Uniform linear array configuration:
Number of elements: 12
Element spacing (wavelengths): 1
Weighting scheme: exponential
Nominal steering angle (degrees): -60
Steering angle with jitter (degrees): -61.647
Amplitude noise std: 0.05
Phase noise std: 0.05

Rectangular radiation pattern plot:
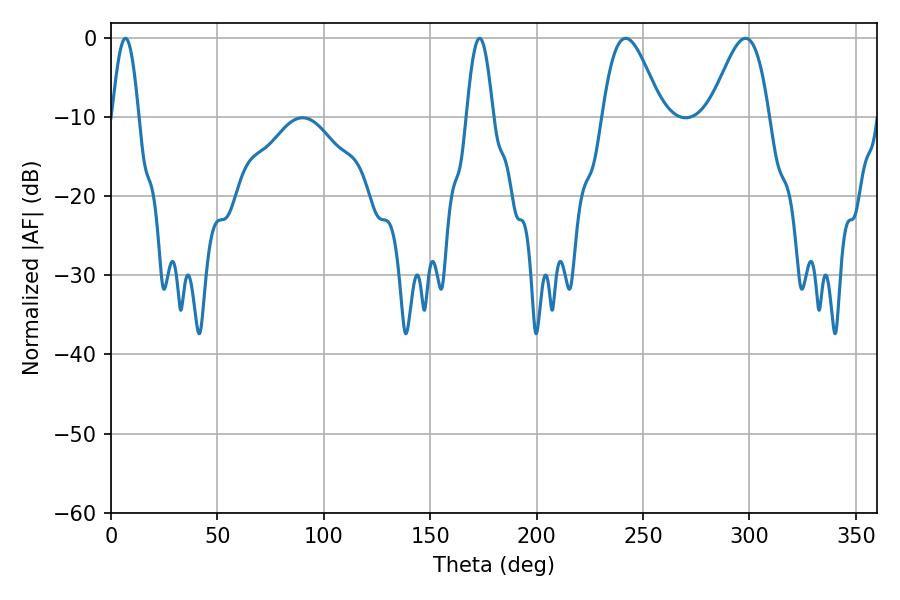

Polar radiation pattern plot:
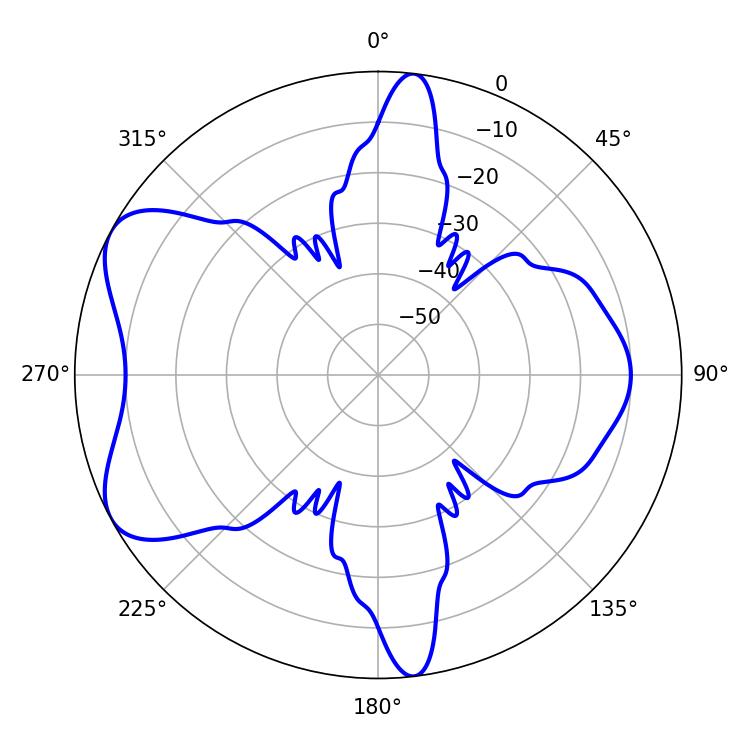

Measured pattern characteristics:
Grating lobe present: TRUE
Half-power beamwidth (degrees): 14.94
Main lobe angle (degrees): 241.92